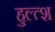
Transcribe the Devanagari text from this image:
हुल्त्श